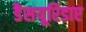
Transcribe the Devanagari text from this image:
डैसयूरिडाए